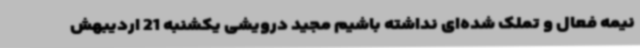
نیمه فعال و تملک شده‌ای نداشته باشیم مجید درویشی یکشنبه 21 اردیبهش